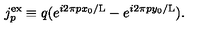
j _ { p } ^ { \mathrm { e x } } \equiv q ( e ^ { i 2 \pi p x _ { 0 } / \mathrm { L } } - e ^ { i 2 \pi p y _ { 0 } / \mathrm { L } } ) .